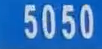
5050